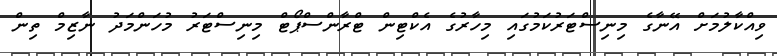
ވިއްކާލުމަށް އޭނާގެ މިނިސްޓަރުކަމުގައި މިހާރުގެ އެކްޓިން ޓްރާންސްޕޯޓް މިނިސްޓަރު މުހަންމަދު ނާޒިމް ތިން